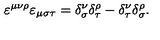
\varepsilon ^ { \mu \nu \rho } \varepsilon _ { \mu \sigma \tau } = \delta _ { \sigma } ^ { \nu } \delta _ { \tau } ^ { \rho } - \delta _ { \tau } ^ { \nu } \delta _ { \sigma } ^ { \rho } .